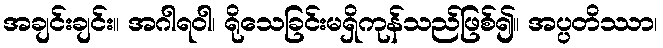
အချင်းချင်း။ အဂါရဝါ၊ ရိုသေခြင်းမရှိကုန်သည်ဖြစ်၍။ အပ္ပတိဿာ၊